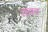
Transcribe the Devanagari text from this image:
तवर